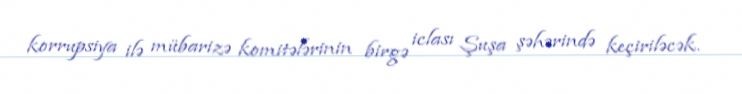
korrupsiya ilə mübarizə komitələrinin birgə iclası Şuşa şəhərində keçiriləcək.